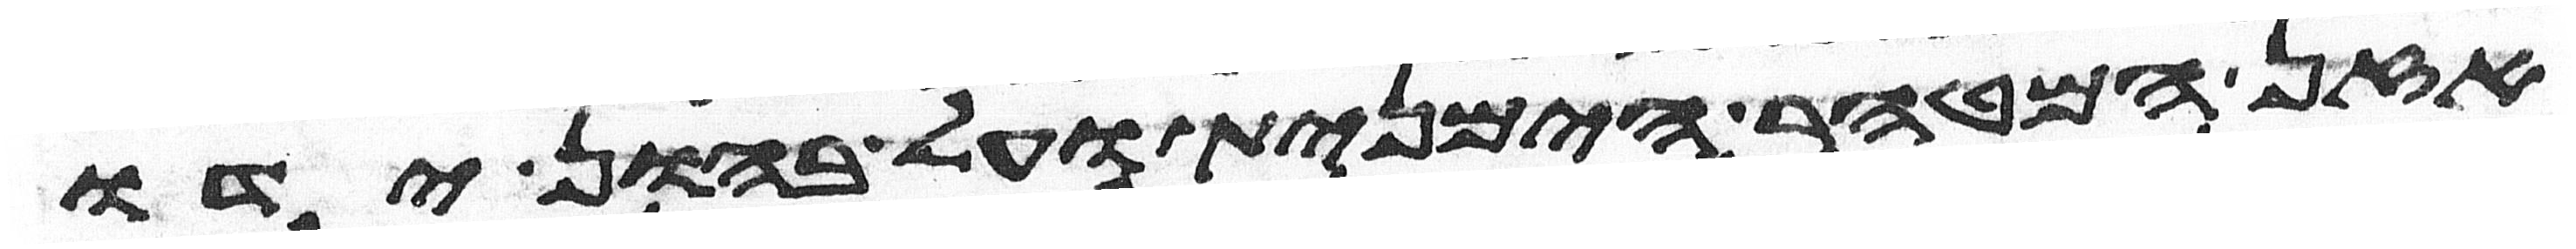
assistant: אזן המטהר הימנית ועל בהון ידו